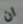
ان